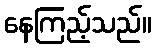
နေကြည့်သည်။